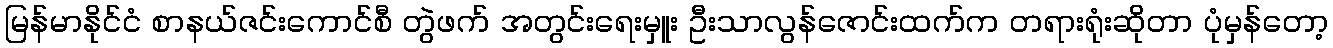
မြန်မာနိုင်ငံ စာနယ်ဇင်းကောင်စီ တွဲဖက် အတွင်းရေးမှူး ဦးသာလွန်ဇောင်းထက်က တရားရုံးဆိုတာ ပုံမှန်တော့